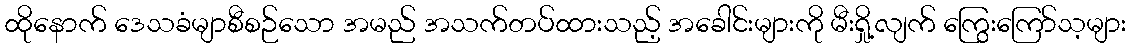
ထိုနောက် ဒေသခံမျာစီစဉ်သော အမည် အသက်တပ်ထားသည့် အခေါင်းများကို မီးရှို့လျက် ကြွေးကြော်သ့များ